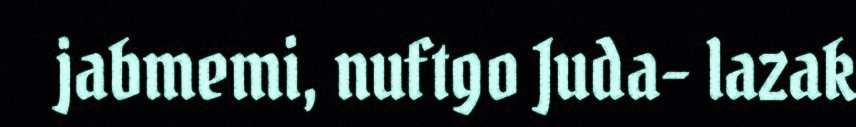
jabmemi, nuftgo Juda- lazak